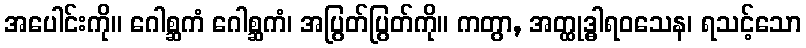
အပေါင်းကို။ ဂေါစ္ဆကံ ဂေါစ္ဆကံ၊ အပြွတ်ပြွတ်ကို။ ကတွာ, အတ္ထုဒ္ဓါရဝသေန၊ ရသင့်သော